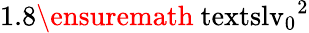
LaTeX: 1.8\ensuremath{\mathrm{\ textsl{v}}_{0}}^{2}